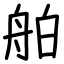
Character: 舶